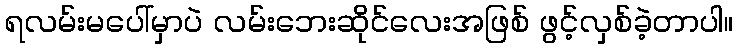
ရလမ်းမပေါ်မှာပဲ လမ်းဘေးဆိုင်လေးအဖြစ် ဖွင့်လှစ်ခဲ့တာပါ။